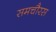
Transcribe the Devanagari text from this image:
समचौरस